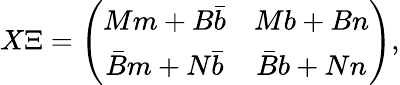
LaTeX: X\Xi=\left(\begin{array}{cc}{{Mm+B\bar{b}}}&{{Mb+Bn}}\\ {{\bar{B}m+N\bar{b}}}&{{\bar{B}b+Nn}}\end{array}\right),